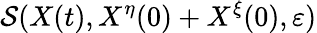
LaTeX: \mathcal{S}(X(t),X^{\eta}(0)+X^{\xi}(0),\varepsilon)